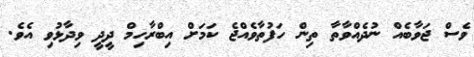
ވެސް ޖަވާބެއް ނުދެއްވާތާ ތިން ހަފުތާވެއްޖެ ކަމަށް އިބްރާހިމް ދީދީ ވިދާޅުވި އެވެ.